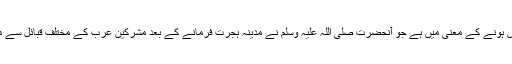
یہاں یہ ان معاہدات کی ذمہ داری سے دست کش ہونے کے معنی میں ہے جو آنحضرت صلی اللہ علیہ وسلم نے مدینہ ہجرت فرمانے کے بعد مشرکین عرب کے مختلف قبائل سے موقت اور غیر موقت نوعیت کے کر لیے تھے۔